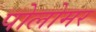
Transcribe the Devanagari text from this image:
पोलोमर